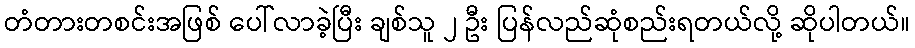
တံတားတစင်းအဖြစ် ပေါ်လာခဲ့ပြီး ချစ်သူ ၂ ဦး ပြန်လည်ဆုံစည်းရတယ်လို့ ဆိုပါတယ်။